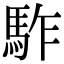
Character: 𩢐